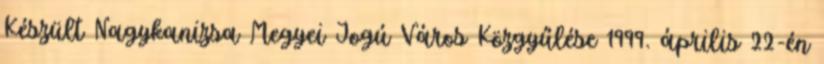
Készült Nagykanizsa Megyei Jogú Város Közgyűlése 1999. április 22-én